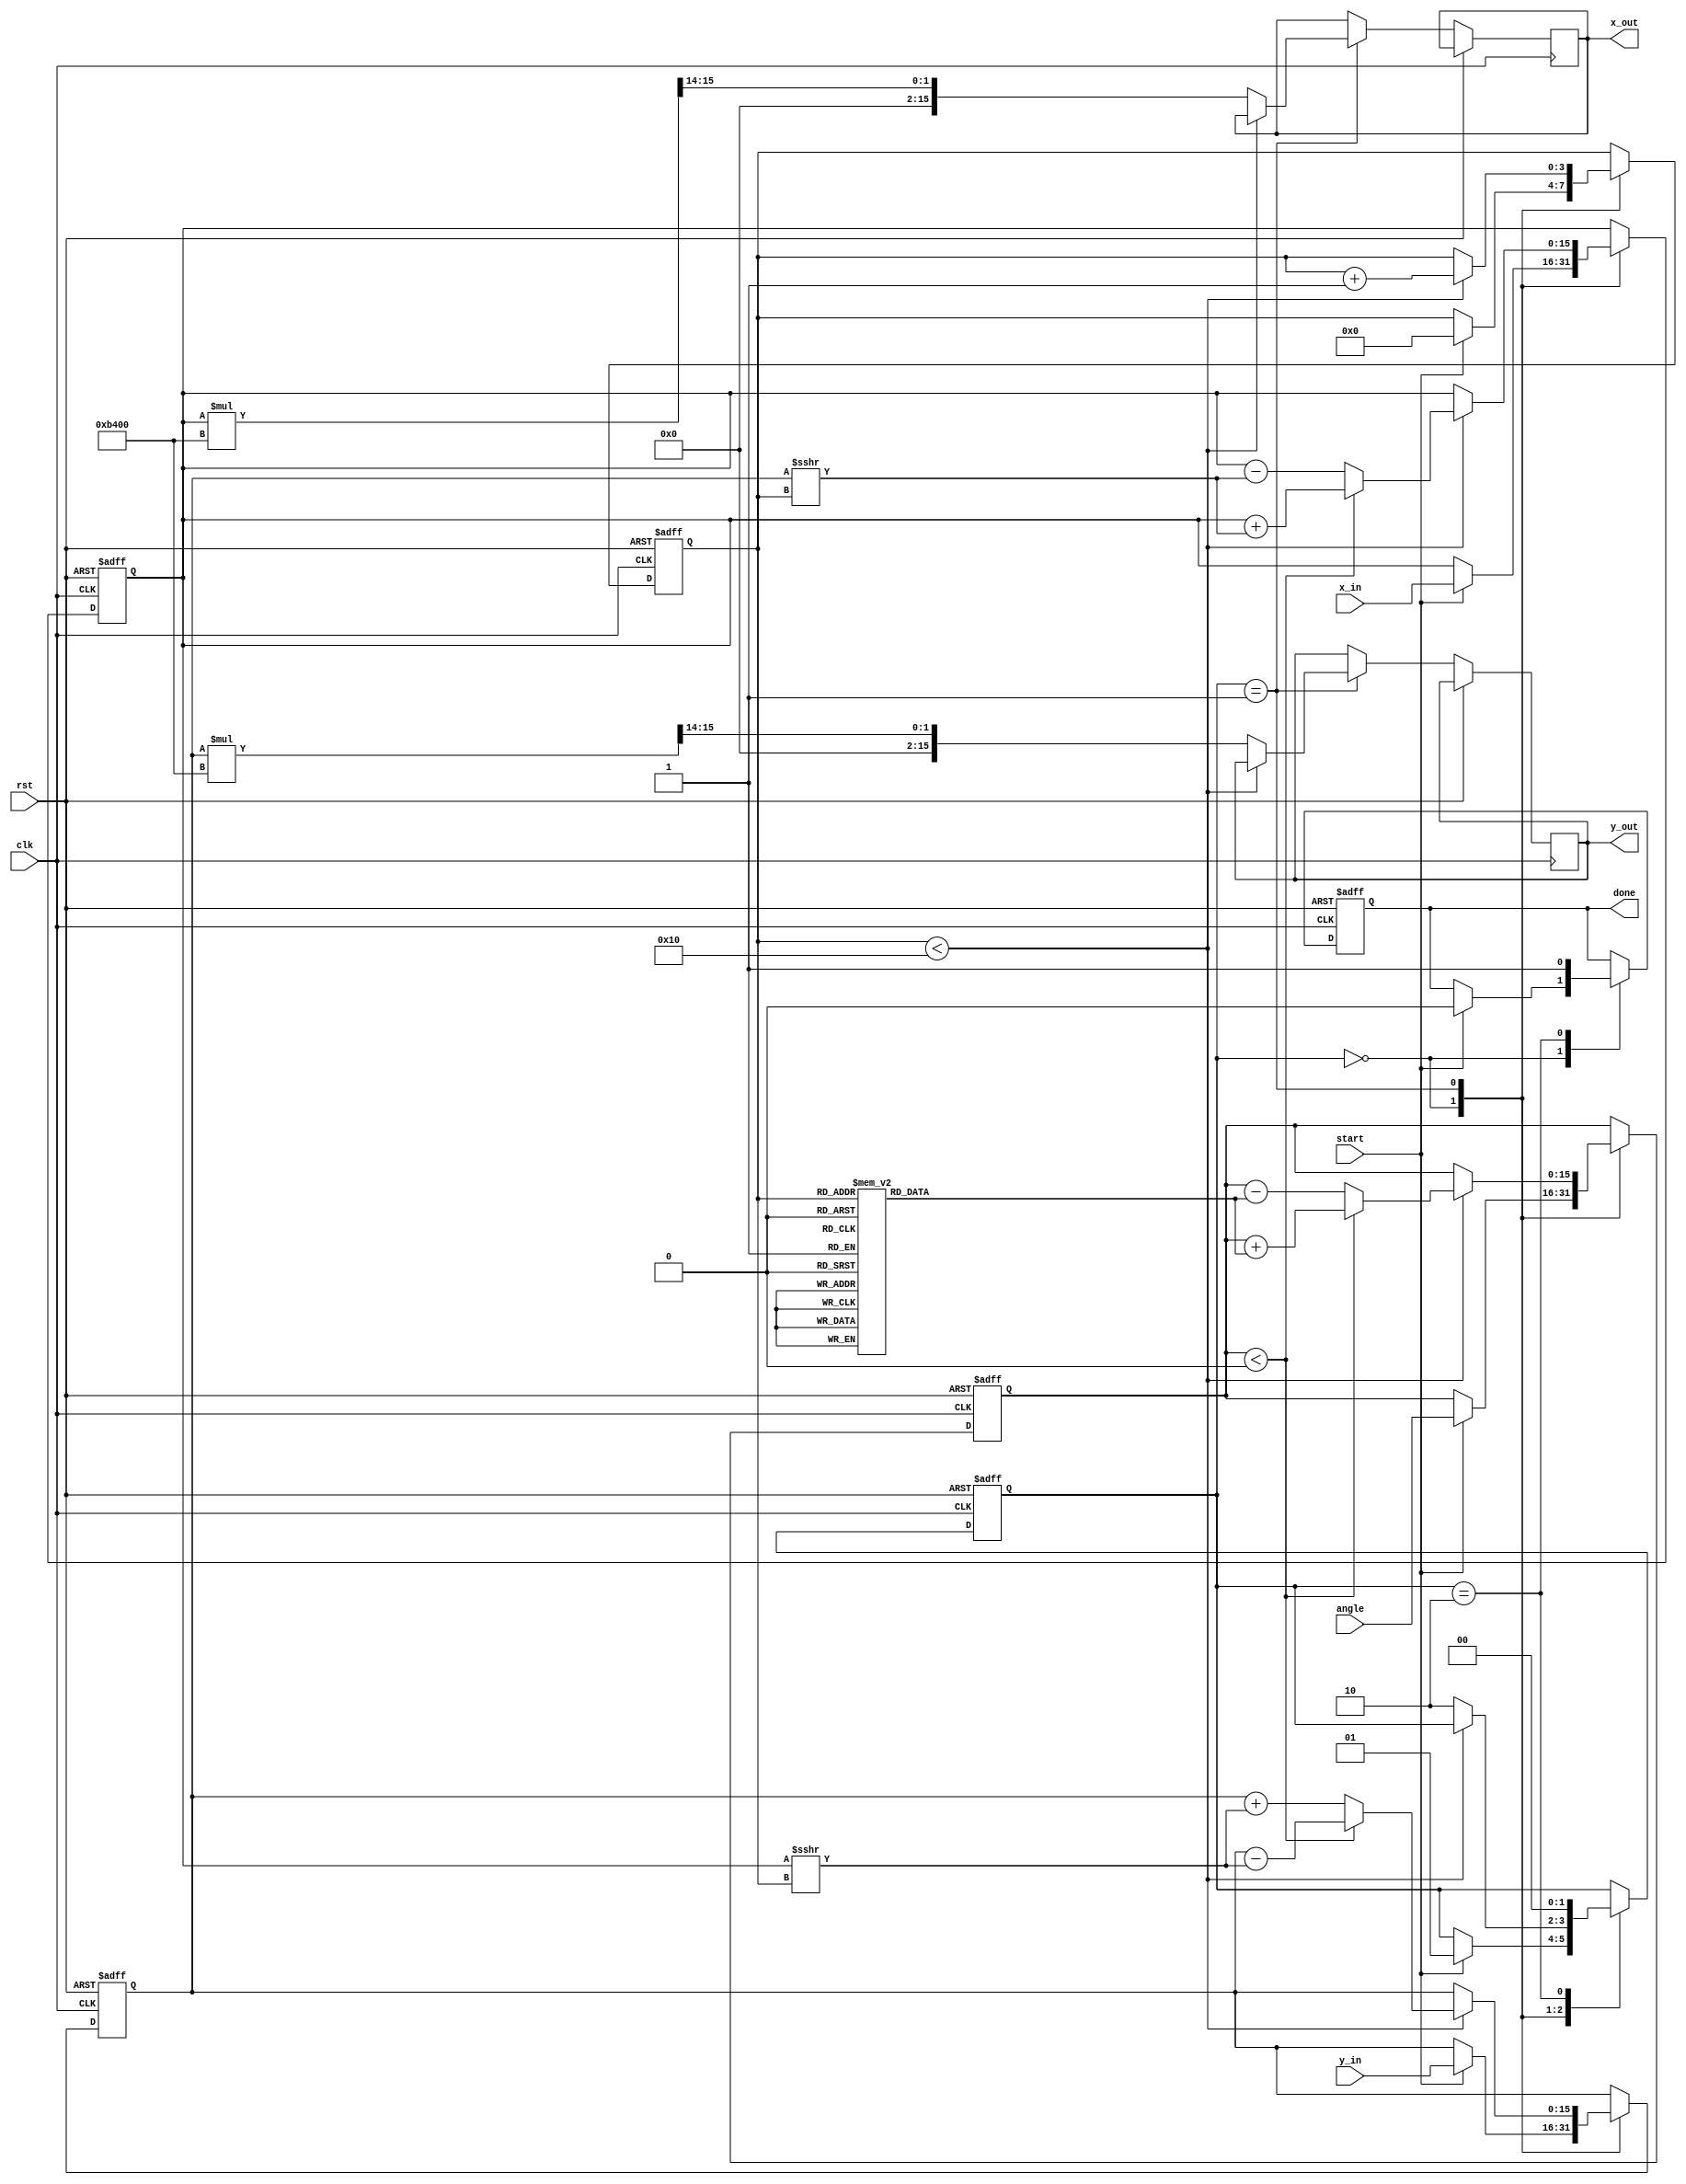
module cordic_fixed_point #(
    parameter N = 16,                 // Number of iterations
    parameter WIDTH = 16,             // Width of fixed-point representation
    parameter SCALING_FACTOR = 16'hB400 // Scaling factor (approx. 0.6072 for N=16)
)(
    input clk,
    input rst,
    input start,
    input signed [WIDTH-1:0] angle,   // Input angle (in fixed-point format)
    input signed [WIDTH-1:0] x_in,     // Input x value
    input signed [WIDTH-1:0] y_in,     // Input y value
    output reg signed [WIDTH-1:0] x_out, // Output x value
    output reg signed [WIDTH-1:0] y_out, // Output y value
    output reg done
);

    reg signed [WIDTH-1:0] x, y;
    reg signed [WIDTH-1:0] z;
    reg [3:0] i; // Iteration counter
    reg [1:0] state; // FSM state
    localparam IDLE = 2'b00, RUN = 2'b01, DONE = 2'b10;

    // Lookup table for atan(2^-i)
    reg signed [WIDTH-1:0] atan_lut [0:N-1];
    initial begin
        // Pre-computed atan(2^-i) values (scaled)
        atan_lut[0] = 16'h2000; // atan(1) = pi/4
        atan_lut[1] = 16'h1000; // atan(0.5)
        atan_lut[2] = 16'h0800; // atan(0.25)
        // ... Fill in the rest of the LUT
        atan_lut[3] = 16'h0400; // atan(0.125)
        atan_lut[4] = 16'h0200; // atan(0.0625)
        atan_lut[5] = 16'h0100; // atan(0.03125)
        atan_lut[6] = 16'h0080; // atan(0.015625)
        atan_lut[7] = 16'h0040; // atan(0.0078125)
        atan_lut[8] = 16'h0020; // atan(0.00390625)
        atan_lut[9] = 16'h0010; // atan(0.001953125)
        atan_lut[10] = 16'h0008; // atan(0.0009765625)
        atan_lut[11] = 16'h0004; // atan(0.00048828125)
        atan_lut[12] = 16'h0002; // atan(0.000244140625)
        atan_lut[13] = 16'h0001; // atan(0.0001220703125)
        atan_lut[14] = 16'h0000; // atan(0)
        atan_lut[15] = 16'h0000; // atan(0)
    end

    always @(posedge clk or posedge rst) begin
        if (rst) begin
            state <= IDLE;
            done <= 0;
            i <= 0;
            x <= 0;
            y <= 0;
            z <= 0;
        end else begin
            case (state)
                IDLE: begin
                    if (start) begin
                        x <= x_in;
                        y <= y_in;
                        z <= angle;
                        i <= 0;
                        state <= RUN;
                        done <= 0;
                    end
                end
                RUN: begin
                    if (i < N) begin
                        if (z < 0) begin
                            // Rotate clockwise
                            x <= x + (y >>> i);
                            y <= y - (x >>> i);
                            z <= z + atan_lut[i];
                        end else begin
                            // Rotate counter-clockwise
                            x <= x - (y >>> i);
                            y <= y + (x >>> i);
                            z <= z - atan_lut[i];
                        end
                        i <= i + 1;
                    end else begin
                        // Finish iteration
                        x_out <= x * SCALING_FACTOR >>> 14; // Apply scaling factor
                        y_out <= y * SCALING_FACTOR >>> 14; // Apply scaling factor
                        state <= DONE;
                    end
                end
                DONE: begin
                    done <= 1;
                    state <= IDLE; // Ready for the next operation
                end
            endcase
        end
    end
endmodule